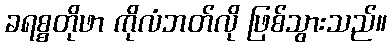
ခရစ္စတိုဖာ ကိုလံဘတ်လို ဖြစ်သွားသည်။